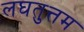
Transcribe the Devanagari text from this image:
लघतुत्तम